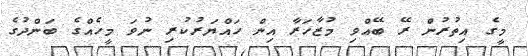
މީގެ އިތުރުން ރޭ ބޭއްވި މުޒާހަރާ އިން ހައްޔަރުކުރި ނުވަ މީހެއްގެ ބަންދުގެ